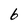
Character: b